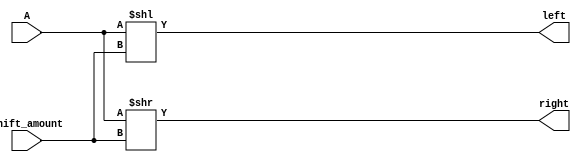
module Shifter(A, shift_amount, left, right);
	input [63:0] A; // put word to be shifted on B bus
	input [5:0] shift_amount; // # of bits
	output [63:0] left, right;
	
	assign left = A << shift_amount;
	assign right = A >> shift_amount;

endmodule